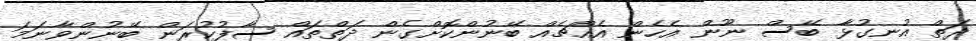
ދަތް އުނގުޅާ ބޭސް ނޫން އެހެން އެއްޗެއް ބޭނުންކޮށްގެން ދަތްތައް ސާފުކުރަން ބޭނުންވާނަމަ